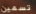
تسمين